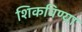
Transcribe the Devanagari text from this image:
शिकविण्या